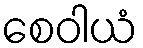
စေဝါယံ